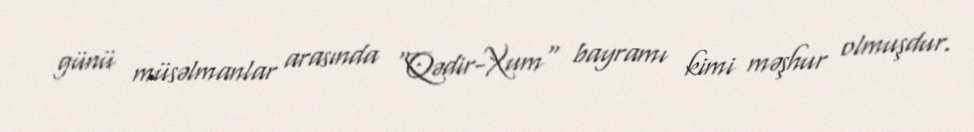
günü müsəlmanlar arasında "Qədir-Xum" bayramı kimi məşhur olmuşdur.